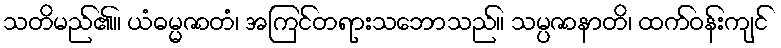
သတိမည်၏။ ယံဓမ္မဇာတံ၊ အကြင်တရားသဘောသည်။ သမ္ပဇာနာတိ၊ ထက်ဝန်းကျင်